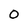
Character: O